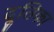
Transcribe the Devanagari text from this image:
दूतिका